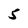
Character: 5